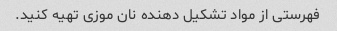
فهرستی از مواد تشکیل دهنده نان موزی تهیه کنید.